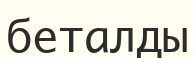
беталды